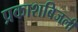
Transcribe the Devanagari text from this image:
प्रकाशबिजली